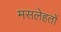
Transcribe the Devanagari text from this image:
मसलेहतों